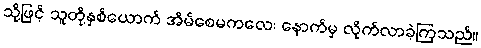
သို့ဖြင့် သူတို့နှစ်ယောက် အိမ်စေမကလေး နောက်မှ လိုက်လာခဲ့ကြသည်။